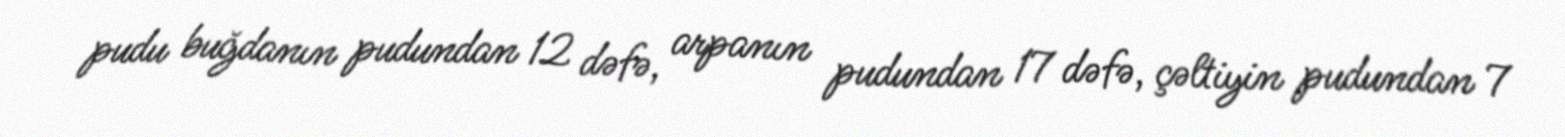
pudu buğdanın pudundan 12 dəfə, arpanın pudundan 17 dəfə, çəltiyin pudundan 7